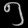
Digit: ၅